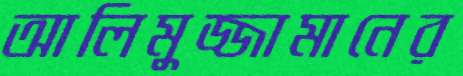
আলিমুজ্জামানের